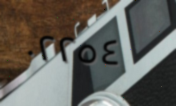
٠٢٢٥٤